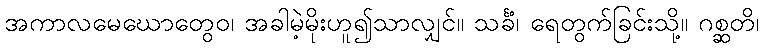
အကာလမေဃောတွေဝ၊ အခါမဲ့မိုးဟူ၍သာလျှင်။ သင်္ခံ၊ ရေတွက်ခြင်းသို့။ ဂစ္ဆတိ၊